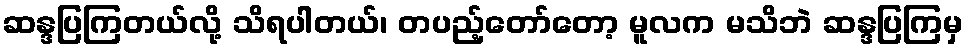
ဆန္ဒပြကြတယ်လို့ သိရပါတယ်၊ တပည့်တော်တော့ မူလက မသိဘဲ ဆန္ဒပြကြမှ